Report on vaccination proceedings throughout the Government of Bengal -
Year: 1868
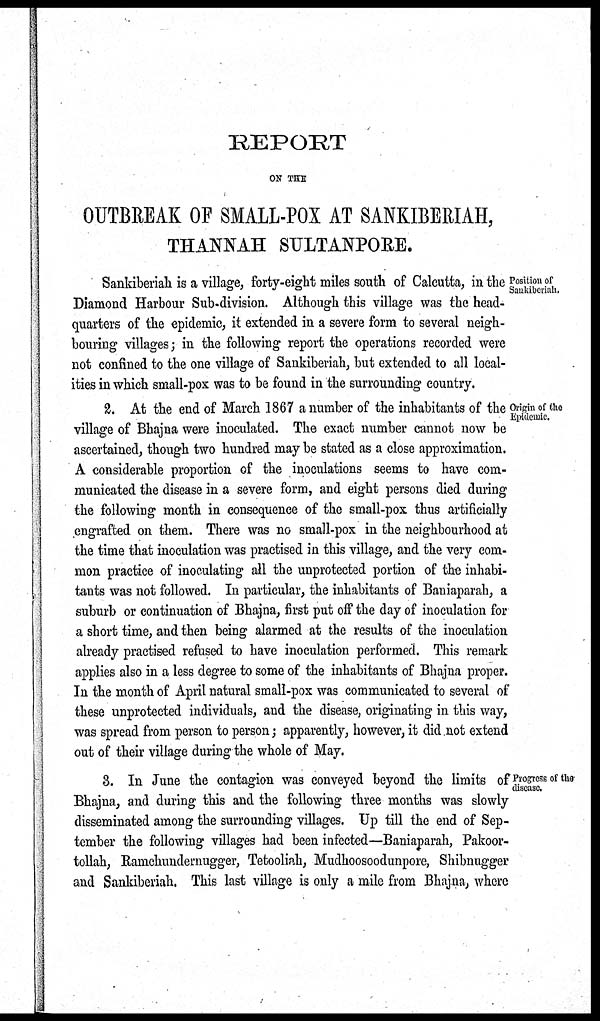
REPORT
ON THE
OUTBREAK OF SMALL-POX AT SANKIBERIAH,
THANNAH SULTANPORE.
Position of
Sankiberiah.
Sankiberiah is a village, forty-eight miles south of Calcutta, in the
Diamond Harbour Sub-division. Although this village was the head-
quarters of the epidemic, it extended in a severe form to several neigh-
bouring villages; in the following report the operations recorded were
not confined to the one village of Sankiberiah, but extended to all local-
ities in which small-pox was to be found in the surrounding country.
Origin of the
Epidemic.
2. At the end of March 1867 a number of the inhabitants of the
village of Bhajna were inoculated. The exact number cannot now be
ascertained, though two hundred may be stated as a close approximation.
A considerable proportion of the inoculations seems to have com-
municated the disease in a severe form, and eight persons died during
the following month in consequence of the small-pox thus artificially
engrafted on them. There was no small-pox in the neighbourhood at
the time that inoculation was practised in this village, and the very com-
mon practice of inoculating all the unprotected portion of the inhabi-
tants was not followed. In particular, the inhabitants of Baniaparah, a
suburb or continuation of Bhajna, first put off the day of inoculation for
a short time, and then being alarmed at the results of the inoculation
already practised refused to have inoculation performed. This remark
applies also in a less degree to some of the inhabitants of Bhajna proper.
In the month of April natural small-pox was communicated to several of
these unprotected individuals, and the disease, originating in this way,
was spread from person to person; apparently, however, it did not extend
out of their village during the whole of May.
Progross of the-
disease.
3. In June the contagion was conveyed beyond the limits of
Bhajna, and during this and the following three months was slowly
disseminated among the surrounding villages. Up till the end of Sep-
tember the following villages had been infected—Baniaparah, Pakoor-
tollah, Ramchundernugger, Tetooliah, Mudhoosoodunpore, Shibnugger
and Sankiberiah. This last village is only a mile from Bhajna, where